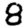
Digit: 8